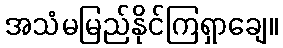
အသံမမြည်နိုင်ကြရှာချေ။